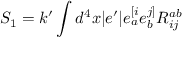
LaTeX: S _ { 1 } = k ^ { \prime } \int d ^ { 4 } x \vert e ^ { \prime } \vert e _ { a } ^ { [ i } e _ { b } ^ { j ] } R _ { i j } ^ { a b }